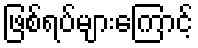
ဖြစ်ရပ်များကြောင့်